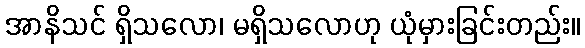
အာနိသင် ရှိသလော၊ မရှိသလောဟု ယုံမှားခြင်းတည်း။